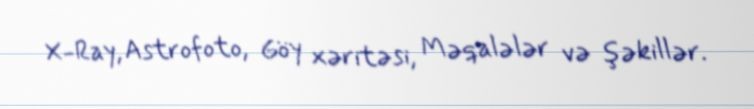
X-Ray, Astrofoto, Göy xəritəsi, Məqalələr və şəkillər.